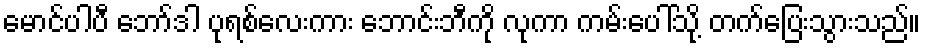
မောင်ပါပီ ဘော်ဒါ ပုရစ်လေးကား ဘောင်းဘီကို လုကာ ကမ်းပေါ်သို့ တက်ပြေးသွားသည်။